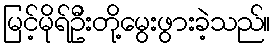
မြင့်မိုရ်ဦးတို့မွေးဖွားခဲ့သည်။